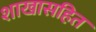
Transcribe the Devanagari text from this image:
शाखासहित